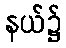
နယ်၌